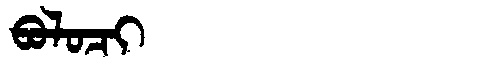
Manchu: ᠪᠣᠯᠣᠴᡳ
Romanization: BOLOCI